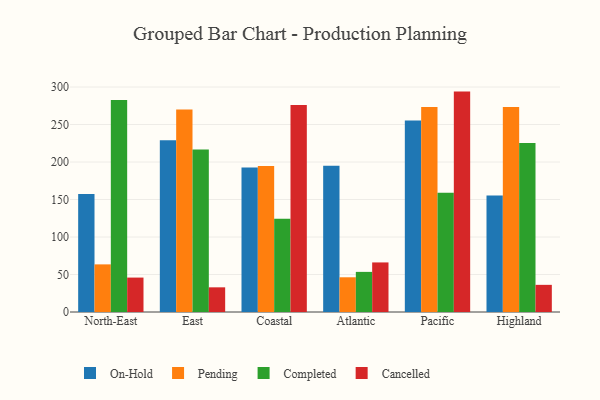
{"axis": {"x": "Region", "y": "Population (Million)"}, "legend": ["Cancelled", "Completed", "On-Hold", "Pending"], "data": [{"x": "North-East", "y": 157.5, "type": "On-Hold"}, {"x": "North-East", "y": 63.5, "type": "Pending"}, {"x": "North-East", "y": 282.8, "type": "Completed"}, {"x": "North-East", "y": 45.9, "type": "Cancelled"}, {"x": "East", "y": 228.9, "type": "On-Hold"}, {"x": "East", "y": 269.9, "type": "Pending"}, {"x": "East", "y": 216.6, "type": "Completed"}, {"x": "East", "y": 32.9, "type": "Cancelled"}, {"x": "Coastal", "y": 192.7, "type": "On-Hold"}, {"x": "Coastal", "y": 194.6, "type": "Pending"}, {"x": "Coastal", "y": 124.4, "type": "Completed"}, {"x": "Coastal", "y": 275.9, "type": "Cancelled"}, {"x": "Atlantic", "y": 194.9, "type": "On-Hold"}, {"x": "Atlantic", "y": 46.3, "type": "Pending"}, {"x": "Atlantic", "y": 53.5, "type": "Completed"}, {"x": "Atlantic", "y": 66.1, "type": "Cancelled"}, {"x": "Pacific", "y": 255.2, "type": "On-Hold"}, {"x": "Pacific", "y": 273.5, "type": "Pending"}, {"x": "Pacific", "y": 158.9, "type": "Completed"}, {"x": "Pacific", "y": 293.9, "type": "Cancelled"}, {"x": "Highland", "y": 155.3, "type": "On-Hold"}, {"x": "Highland", "y": 273.4, "type": "Pending"}, {"x": "Highland", "y": 225.4, "type": "Completed"}, {"x": "Highland", "y": 36.2, "type": "Cancelled"}]}